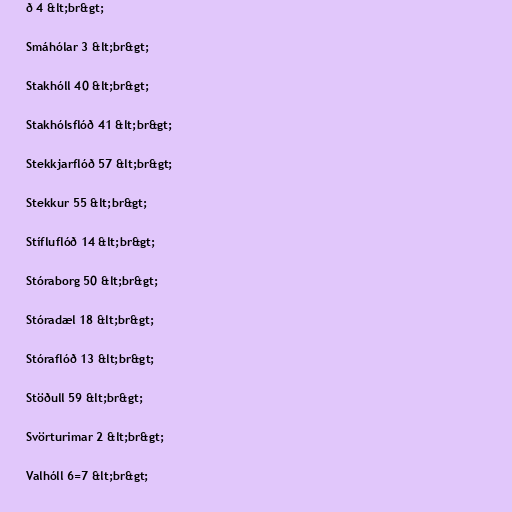
ð 4 &lt;br&gt;

Smáhólar 3 &lt;br&gt;

Stakhóll 40 &lt;br&gt;

Stakhólsflóð 41 &lt;br&gt;

Stekkjarflóð 57 &lt;br&gt;

Stekkur 55 &lt;br&gt;

Stífluflóð 14 &lt;br&gt;

Stóraborg 50 &lt;br&gt;

Stóradæl 18 &lt;br&gt;

Stóraflóð 13 &lt;br&gt;

Stöðull 59 &lt;br&gt;

Svörturimar 2 &lt;br&gt;

Valhóll 6=7 &lt;br&gt;